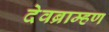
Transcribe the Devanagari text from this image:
देवब्राम्हण